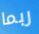
ربما